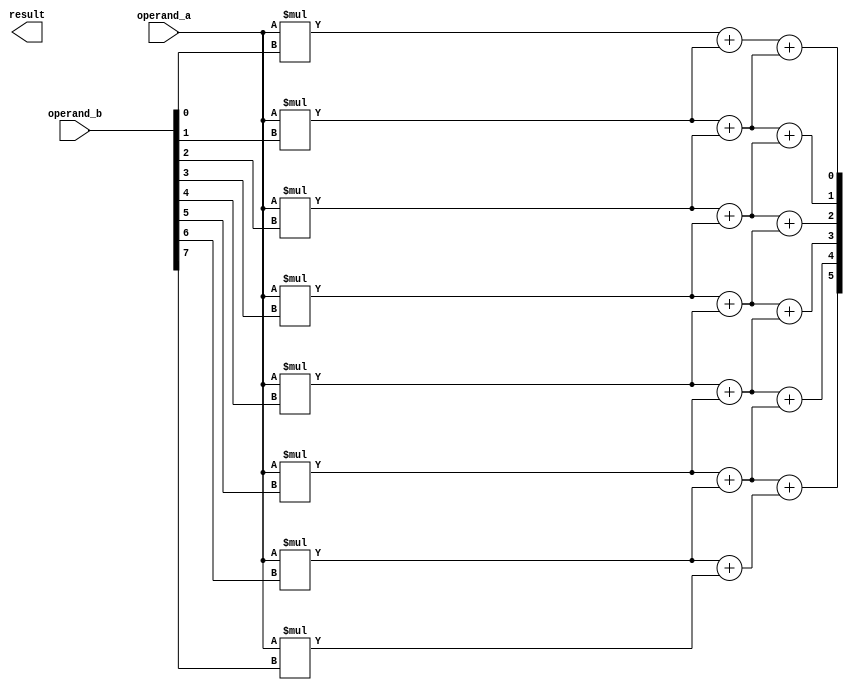
module dadda_multiplier(
    input wire [7:0] operand_a,
    input wire [7:0] operand_b,
    output reg [15:0] result
);

// multiplier array
wire [7:0] partial_products [7:0];
genvar i;
generate
    for (i = 0; i < 8; i = i + 1) begin
        assign partial_products[i] = operand_a * operand_b[i];
    end
endgenerate

// tree structure for parallel addition
wire [7:0] vertical_addition [13:0];
genvar j;
generate
    for (j = 0; j < 14; j = j + 1) begin
        assign vertical_addition[j] = partial_products[j] + partial_products[j+1];
    end
endgenerate

// compression tree for reducing adders
wire [15:0] final_result;
genvar k;
generate
    for (k = 0; k < 15; k = k + 1) begin
        assign final_result[k] = vertical_addition[k] + vertical_addition[k+1];
    end
endgenerate

assign result = final_result;

endmodule